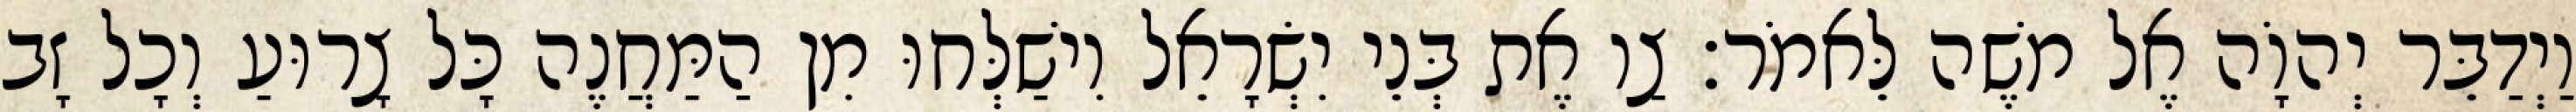
וַיְדַבֵּר יְהוָֹה אֶל משֶׁה לֵּאמֹר׃ צַו אֶת בְּנֵי יִשְׂרָאֵל וִישַׁלְּחוּ מִן הַמַּחֲנֶה כָּל צָרוּעַ וְכָל זָב